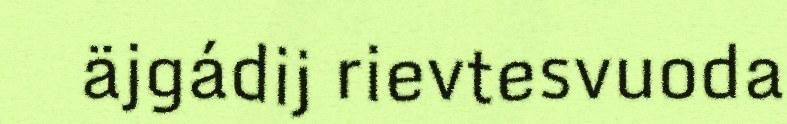
äjgádij rievtesvuoda